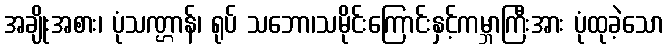
အချိုးအစား၊ ပုံသဏ္ဌာန်၊ ရုပ် သဘော၊သမိုင်းကြောင်းနှင့်ကမ္ဘာကြီးအား ပုံထုခဲ့သော